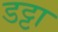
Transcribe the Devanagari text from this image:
डट्टा